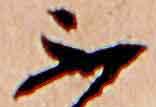
不